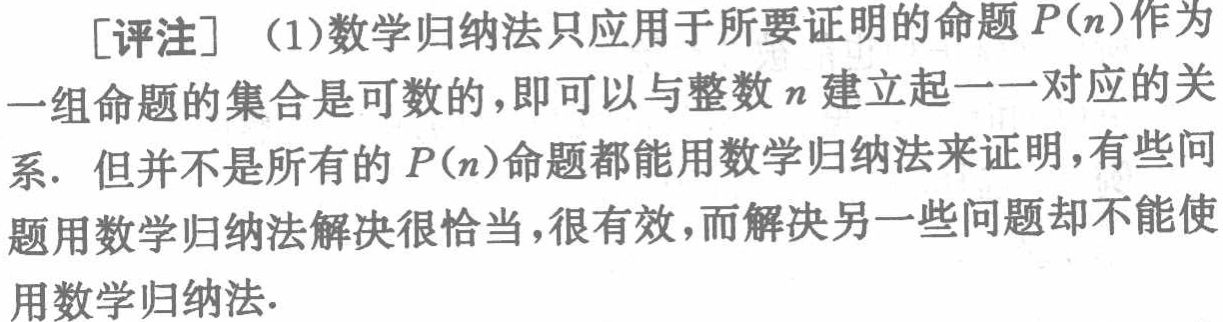
[评注] （1）数学归纳法只应用于所要证明的命题 \(P(n)\)作为一组命题的集合是可数的，即可以与整数 \(n\) 建立起一一对应的关系. 但并不是所有的 \(P(n)\)命题都能用数学归纳法来证明，有些问题用数学归纳法解决很恰当，很有效，而解决另一些问题却不能使用数学归纳法.